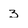
Character: 3